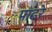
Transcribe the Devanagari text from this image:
पाढरे